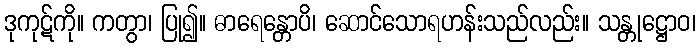
ဒုကုဋ်ကို။ ကတွာ၊ ပြု၍။ ဓာရေန္တောပိ၊ ဆောင်သောရဟန်းသည်လည်း။ သန္တုဋ္ဌောဝ၊